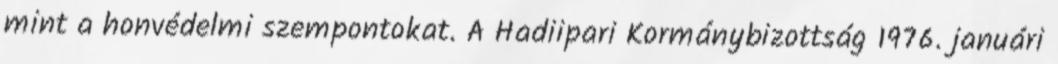
mint a honvédelmi szempontokat. A Hadiipari Kormánybizottság 1976. januári